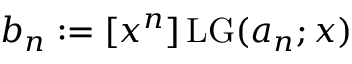
b _ { n } : = [ x ^ { n } ] \operatorname { L G } ( a _ { n } ; x )